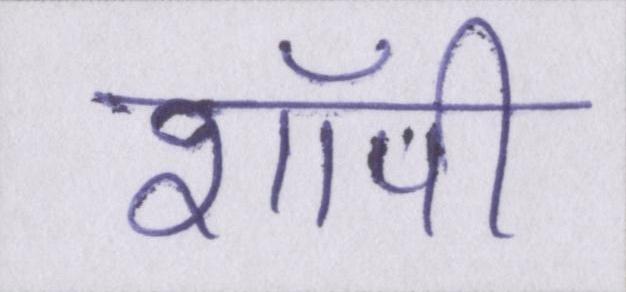
शॉपी